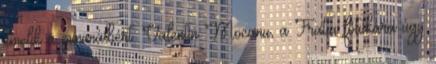
emelik a minimálbért. Valentin Mocanu, a Fratia főtitkára úgy